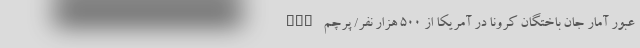
nan عبور آمار جان ‌باختگان کرونا در آمریکا از ۵۰۰ هزار نفر/ پرچم